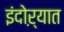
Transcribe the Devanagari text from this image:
इंदोऱ्यात